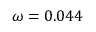
\omega = 0 . 0 4 4